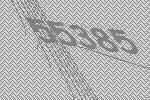
55385